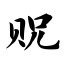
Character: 贶